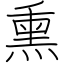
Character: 熏